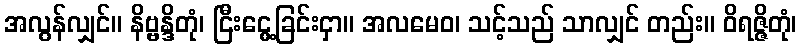
အလွန်လျှင်။ နိဗ္ဗန္ဒိတုံ၊ ငြီးငွေ့ခြင်းငှာ။ အလမေဝ၊ သင့်သည် သာလျှင် တည်း။ ဝိရဇ္ဇိတုံ၊